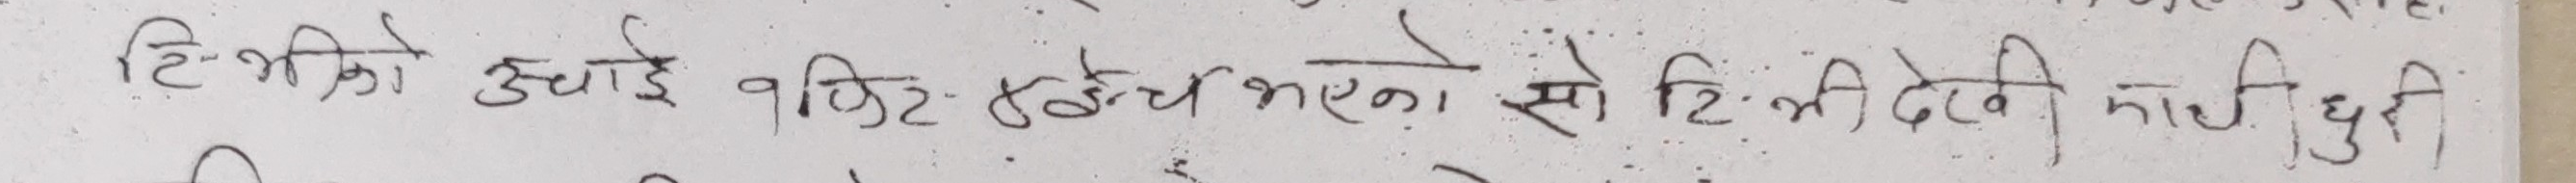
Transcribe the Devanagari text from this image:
टि-भिको उचाई वाशिङ रहेका सो टिम देखेर भाग्ने छुटी